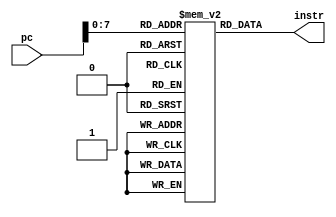
module CodeMem(
    input [31:0] pc,
    output [31:0] instr
    );
	reg[31:0] code_mem[0:255];
	
	reg[31:0] instr_reg;
	assign instr = instr_reg;
	
	always@(*)
		begin
			instr_reg = code_mem[pc];
		end
			
initial
	begin
code_mem[0] <= 32'b01000101010010110000000000000001; //LW  R10 R11 1
code_mem[1] <= 32'b01000101100011010000000000000001; //LW  R12 R13 1
code_mem[2] <= 32'b00000101110011000110000000000000; //ADD  R14 R12 R12 0
code_mem[3] <= 32'b01000101010010110000000000000010; //LW  R10 R11 2
code_mem[4] <= 32'b01000101100011010000000000000010; //LW  R12 R13 2
code_mem[5] <= 32'b00000101110011000101000000000000; //ADD  R14 R12 R10 0
code_mem[6] <= 32'b01000101010010110000000000000011; //LW  R10 R11 3
code_mem[7] <= 32'b01000101100011010000000000000011; //LW  R12 R13 3
code_mem[8] <= 32'b00000101110010100110000000000000; //ADD  R14 R10 R12 0
code_mem[9] <= 32'b01000101010010110000000000000100; //LW  R10 R11 4
code_mem[10] <= 32'b01000101100011010000000000000100; //LW  R12 R13 4
code_mem[11] <= 32'b00000101110010100101000000000000; //ADD  R14 R10 R10 0
code_mem[12] <= 32'b00000101111100001000100000000000; //ADD  R15 R16 R17 0
code_mem[13] <= 32'b00000110010100111010000000000000; //ADD  R18 R19 R20 0
code_mem[14] <= 32'b00000101111100101001000000000000; //ADD  R15 R18 R18 0
code_mem[15] <= 32'b00000101111100001000100000000000; //ADD  R15 R16 R17 0
code_mem[16] <= 32'b00000110010100111010000000000000; //ADD  R18 R19 R20 0
code_mem[17] <= 32'b00000101111100100111100000000000; //ADD  R15 R18 R15 0
code_mem[18] <= 32'b00000101111100001000100000000000; //ADD  R15 R16 R17 0
code_mem[19] <= 32'b00000110010100111010000000000000; //ADD  R18 R19 R20 0
code_mem[20] <= 32'b00000110010011111001000000000000; //ADD  R18 R15 R18 0
code_mem[21] <= 32'b00000101111100001000100000000000; //ADD  R15 R16 R17 0
code_mem[22] <= 32'b00000110010100111010000000000000; //ADD  R18 R19 R20 0
code_mem[23] <= 32'b00000110010011110111100000000000; //ADD  R18 R15 R15 0
code_mem[24] <= 32'b00000000000000000000000000000000; //JUMP 0
code_mem[25] <= 32'b00000000000000000000000000000000; //JUMP 0
code_mem[26] <= 32'b00000000000000000000000000000000; //JUMP 0
code_mem[27] <= 32'b00000000000000000000000000000000; //JUMP 0
code_mem[28] <= 32'b00000000000000000000000000000000; //JUMP 0
code_mem[29] <= 32'b11111111111111111111111111111111; //avoid some warining
	end
endmodule